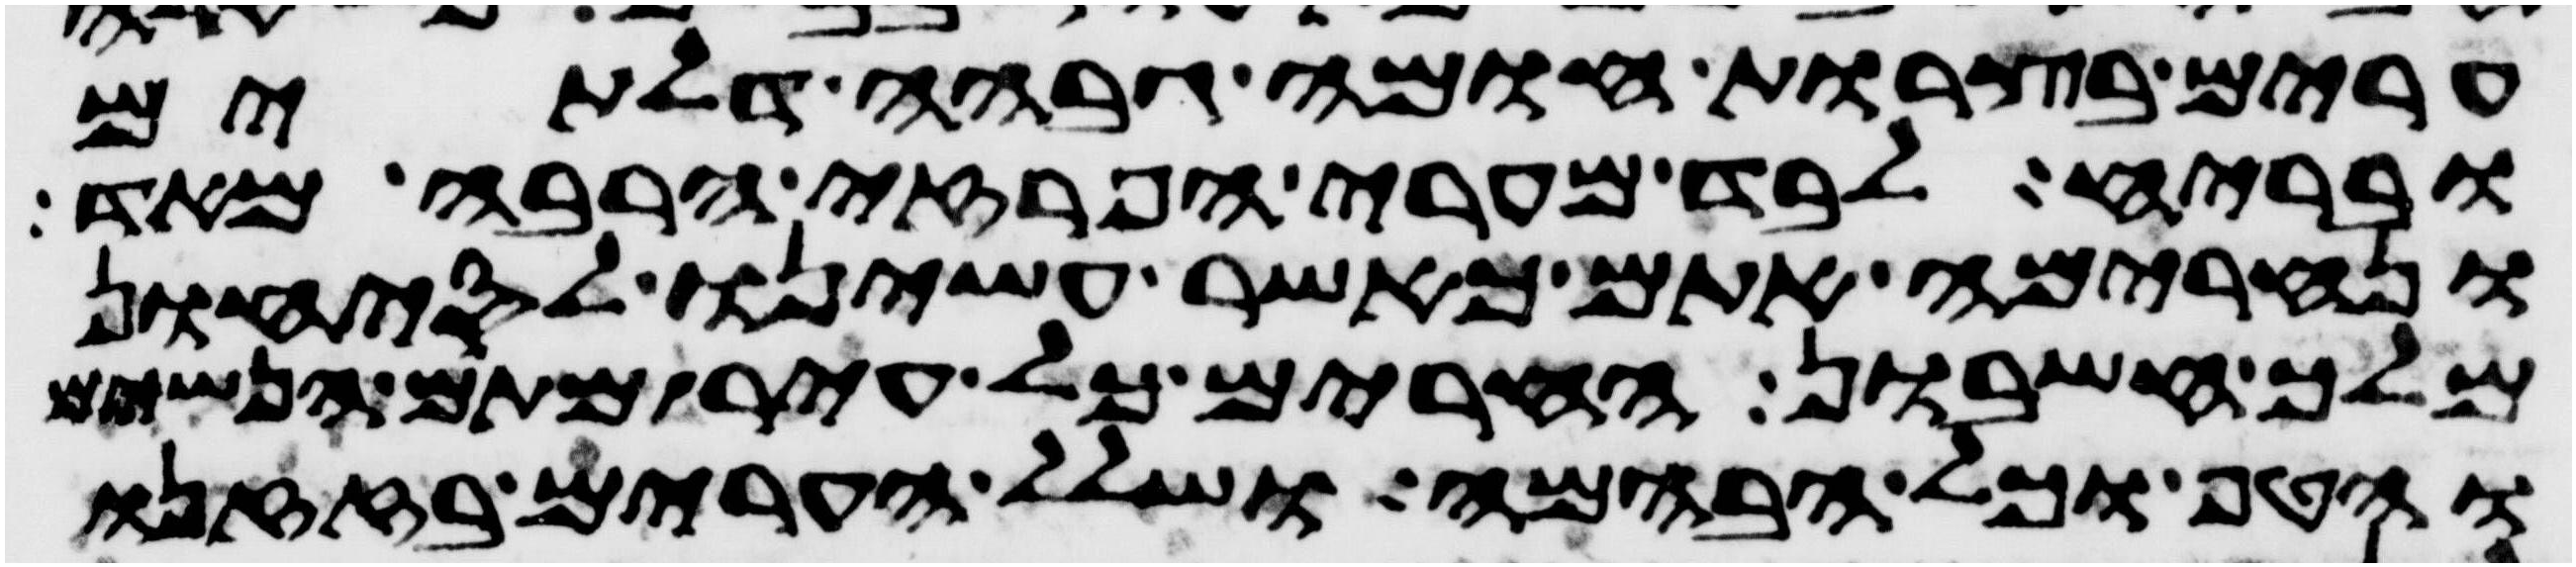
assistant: ערים בצרות חומה גבחה דלתים
ובריח לבד מערי הפרזי הרבה מאד
ונחרימה אתם כאשר עשינו לסיחון
מלך חשבון החרים כל עיר מתם הנשים
והטף וכל הבהמה ושלל הערים בזזנו